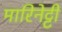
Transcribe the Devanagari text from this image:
मारिनेट्टी